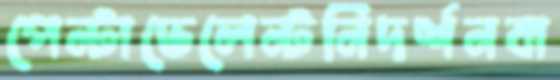
পেন্টাভেলেন্টনিদর্শনবা